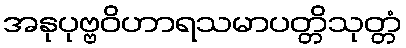
အနုပုဗ္ဗဝိဟာရသမာပတ္တိသုတ္တံ